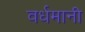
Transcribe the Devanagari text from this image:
वर्धमानी